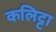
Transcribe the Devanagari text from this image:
कलिट्टा